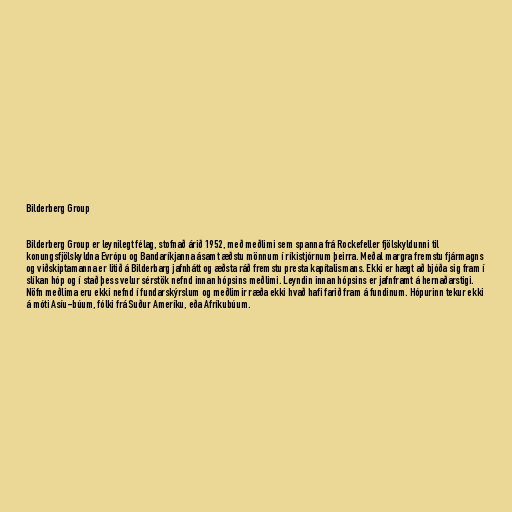
Bilderberg Group

Bilderberg Group er leynilegt félag, stofnað árið 1952, með meðlimi sem spanna frá Rockefeller fjölskyldunni til
konungsfjölskyldna Evrópu og Bandaríkjanna ásamt æðstu mönnum í ríkistjórnum þeirra. Meðal margra fremstu fjármagns
og viðskiptamanna er litið á Bilderbarg jafnhátt og æðsta ráð fremstu presta kapítalismans. Ekki er hægt að bjóða sig fram í
slíkan hóp og í stað þess velur sérstök nefnd innan hópsins meðlimi. Leyndin innan hópsins er jafnframt á hernaðarstigi.
Nöfn meðlima eru ekki nefnd í fundarskýrslum og meðlimir ræða ekki hvað hafi farið fram á fundinum. Hópurinn tekur ekki
á móti Asíu-búum, fólki frá Suður Ameríku, eða Afríkubúum.